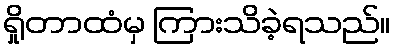
ရှိုတာထံမှ ကြားသိခဲ့ရသည်။